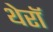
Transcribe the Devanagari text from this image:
थेरॉ